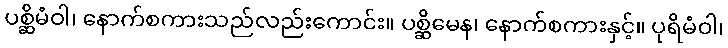
ပစ္ဆိမံဝါ၊ နောက်စကားသည်လည်းကောင်း။ ပစ္ဆိမေန၊ နောက်စကားနှင့်။ ပုရိမံဝါ၊